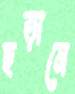
ছড়ানে